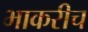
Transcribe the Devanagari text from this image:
भाकरीच